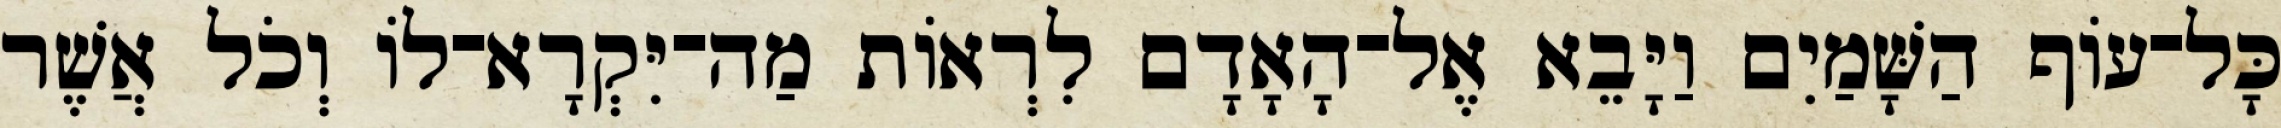
כָּל־עֹוף הַשָּׁמַיִם וַיָּבֵא אֶל־הָאָדָם לִרְאֹות מַה־יִּקְרָא־לֹו וְכֹל אֲשֶׁר